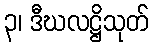
၃၊ ဒီဃလဋ္ဌိသုတ်